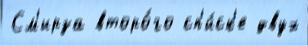
См'ирза второ́го сп'и́ск'е двух